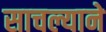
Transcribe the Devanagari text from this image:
साचल्याने